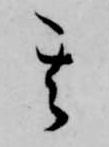
其